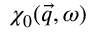
\chi _ { 0 } ( \vec { q } , \omega )